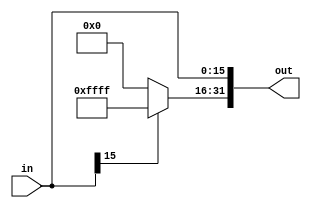
module SE(out,in);//this module is to realize the function of sign extension.
  output reg[31:0] out;
  input wire[15:0] in;
  
  always@(in)
  begin
    if(in[15]==1'b1)
      begin
        out[31:16]=16'b1111111111111111;
        out[15:0]=in[15:0];
      end
    else
      begin
        out[31:16]=16'b0;
        out[15:0]=in[15:0];
      end
    end
endmodule